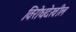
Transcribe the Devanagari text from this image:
विरोधदेखील